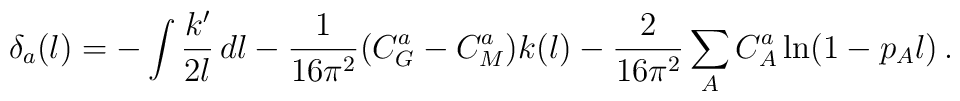
\delta_a(l)=-\int\frac{k'}{2l}\, dl-\frac{1}{16\pi^2}(C^a_G-C^a_M)k(l)-\frac{2}{16\pi^2}\sum_AC^a_A\ln (1-p_A l)\, .